system: You are a helpful assistant.
user:
Analyze the provided spectrum to determine if it is a **White Dwarf (WD)**.

A White Dwarf spectrum is defined by its **extreme purity** (due to gravitational settling) and/or **extreme pressure broadening** (due to high surface gravity). You must check for one of the following mutually exclusive signatures:

- **Key Visual Indicators (Check for ONE of these types):**

    - **1. DA-Type Signature (Most Common):**
        - **(Primary Feature):** Extreme pressure broadening (Stark broadening) of the **Hydrogen (H) Balmer lines**.
        - **(Key Lines):** $H\beta$ (approx. $4861$ Å) and $H\gamma$ (approx. $4340$ Å). $H\alpha$ (approx. $6563$ Å) will also be present if the wavelength range covers it.
        - **(Line Profile):** This is the **defining feature**. The lines are **NOT** sharp. They appear as massive, **extremely broad and deep "troughs" or "dips"** in the spectrum, often hundreds of Ångströms wide. The continuum will appear to "scoop" down at these wavelengths.
        - **(Distinction):** Normal A-type or B-type stars have *narrow* and *sharp* Hydrogen lines. A DA White Dwarf's lines are unmistakably "smeared" or "blurry" from pressure.

    - **2. DB-Type Signature:**
        - **(Primary Feature):** Broad absorption lines from **Neutral Helium (He I)**. The spectrum must lack any visible Hydrogen lines.
        - **(Key Lines):** Look for broad absorption near $4471$ Å, $4921$ Å, and $5876$ Å.
        - **(Line Profile):** These lines are also significantly pressure-broadened, appearing much wider than they would in a normal B-type main-sequence star.

    - **3. DC-Type Signature:**
        - **(Primary Feature):** A **featureless continuous spectrum**.
        - **(Line Profile):** The spectrum is a smooth curve with **no significant absorption or emission lines**.
        - **(Key Confirmation):** The continuum is almost always **blue or white**, indicating a hot object. This signature implies the atmosphere is so pure (or so cool) that no spectral lines are visible in the optical range. Its WD identity is confirmed by its extremely low intrinsic brightness (high absolute magnitude).

    - **4. DZ-Type Signature (Metal-Polluted):**
        - **(Primary Feature):** **Isolated, narrow metal absorption lines** on an otherwise featureless (DC-like) continuum.
        - **(Key Lines):** The **Calcium (Ca II) H & K doublet** (approx. **$3934$ Å** and **$3968$ Å**) is the most common and defining feature.
        - **(Line Profile):** These lines are "out of place." They are *not* part of a "forest" of thousands of lines. This signature is evidence of recent *accretion* (pollution) from rocky debris.
        - **(Distinction):** Normal G/K/M stars have a *dense forest* of thousands of metal lines. A DZ has a *clean* continuum with *only a few* strong metal lines.

    - **5. DQ-Type Signature (Carbon-Polluted):**
        - **(Primary Feature):** Absorption bands from **Carbon (C₂ "Swan Bands" or atomic C I)**.
        - **(Key Lines - C₂):** Look for bandheads with a "saw-tooth" shape near $5635$ Å, **$5165$ Å** (strongest), and $4737$ Å.
        - **(Key Confirmation):** The underlying **continuum must be blue or white** (hot).
        - **(Distinction):** This is the critical difference from a **Carbon Star**, which has the *exact same* C₂ bands but on an extremely **red, cool** continuum.

- **(Overall Spectrum):**
    - The continuum (overall shape) is typically **blue-sloping** (brighter in the blue than the red), as most white dwarfs are very hot.
    - The spectrum will look "pure" or "simple," dominated by only *one* of the five signatures listed above.

Think first, call **spectral_visualization_tool** if needed to examine features in detail, then provide your final answer. Your response must adhere to the following strict rules:
1.  **Overall Structure:** Your response must follow the format `<think>...</think> <tool_call>...</tool_call> (if a tool is used) <answer>...</answer>`.
2.  **Tool Usage Constraint:** You may only make **one** tool call per turn.
3.  **Final Answer Format:** In the `<answer>` tag, your conclusion must be inside a `\boxed{}` command (e.g., `\boxed{YES}` or `\boxed{NO}`), followed by your justification.

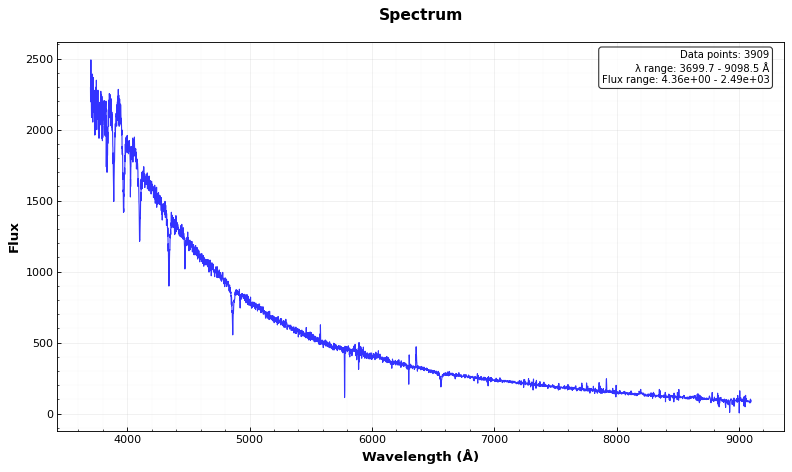
Answer: YES